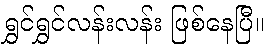
ရွှင်ရွှင်လန်းလန်း ဖြစ်နေပြီ။